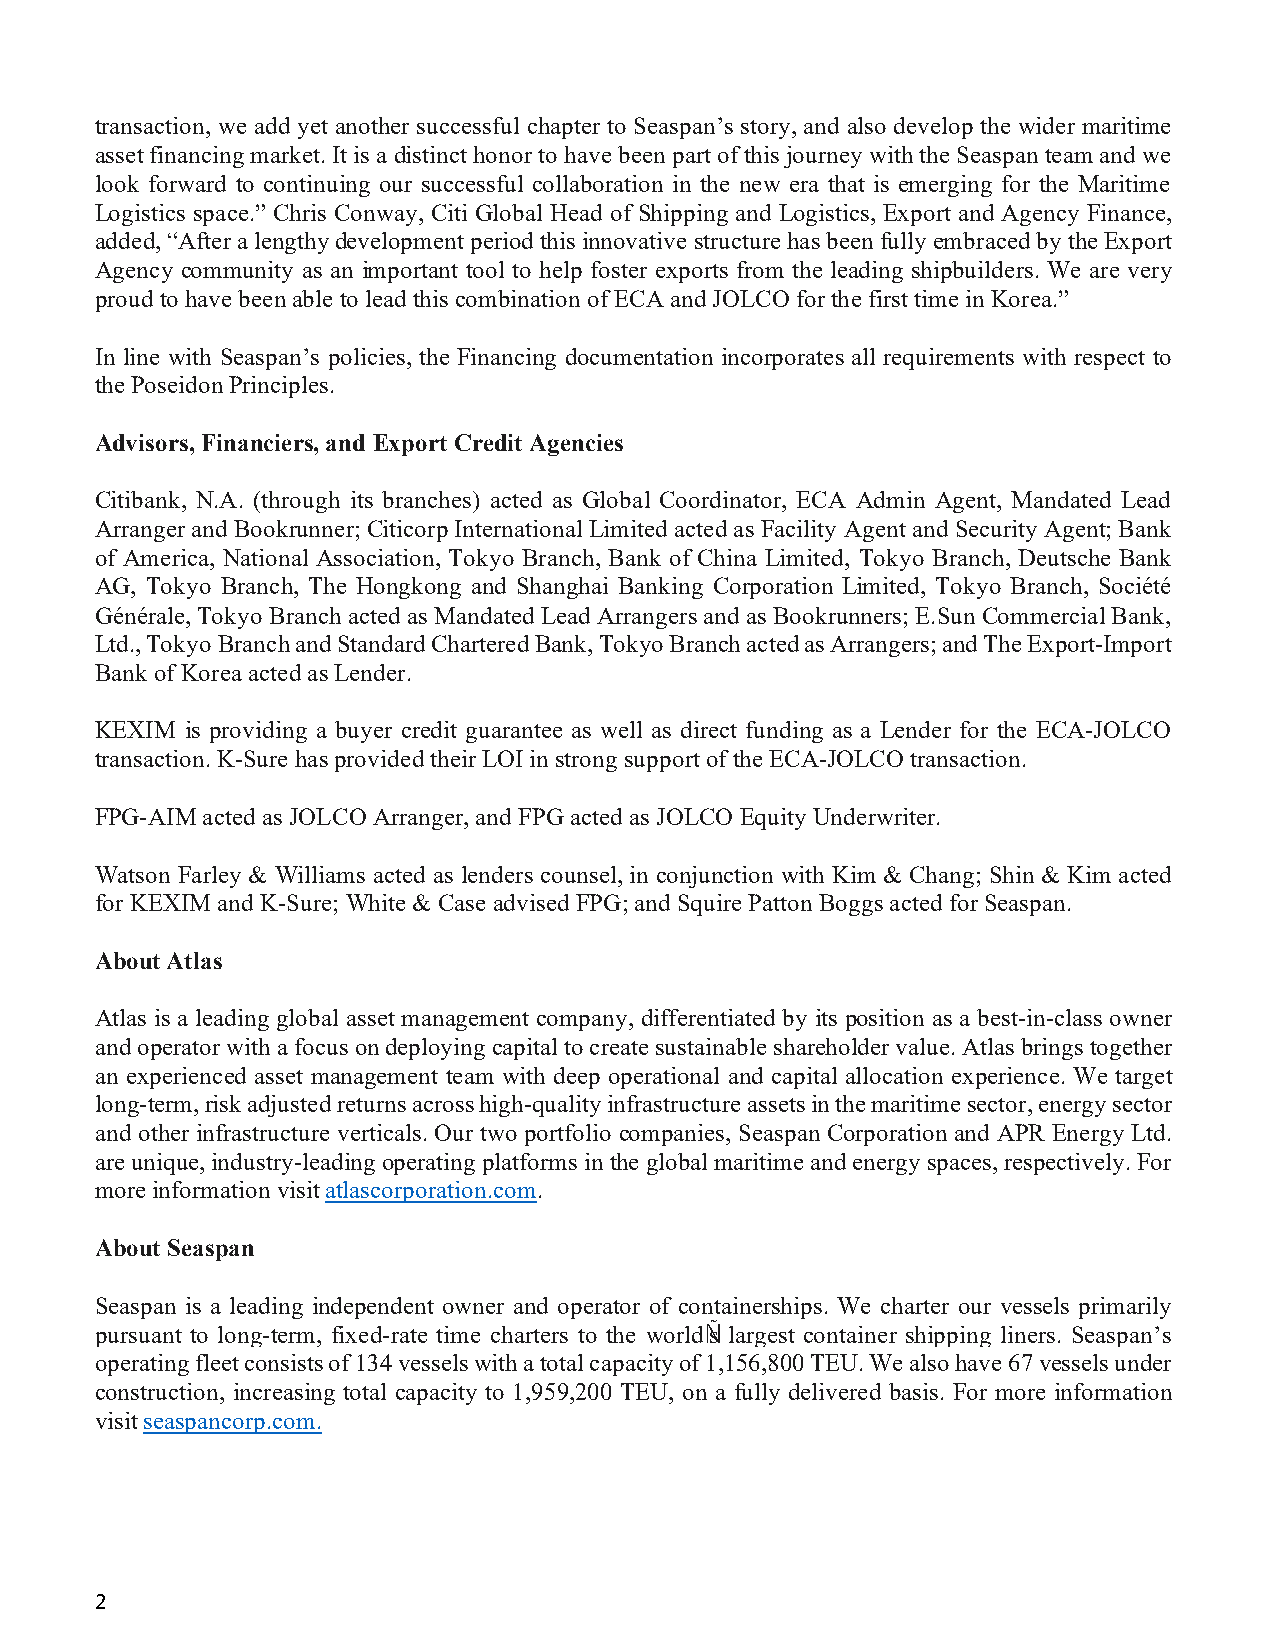
transaction, we add yet another successful chapter to Seaspan’s story, and also develop the wider maritime
 asset financing market. It is a distinct honor to have been part of this journey with the Seaspan team and we
 look forward to continuing our successful collaboration in the new era that is emerging for the Maritime
 Logistics space.” Chris Conway, Citi Global Head of Shipping and Logistics, Export and Agency Finance,
 added, “After a lengthy development period this innovative structure has been fully embraced by the Export
 Agency community as an important tool to help foster exports from the leading shipbuilders. We are very
 proud to have been able to lead this combination of ECA and JOLCO for the first time in Korea.”
 In line with Seaspan’s policies, the Financing documentation incorporates all requirements with respect to
 the Poseidon Principles.
 Advisors, Financiers, and Export Credit Agencies
 Citibank, N.A. (through its branches) acted as Global Coordinator, ECA Admin Agent, Mandated Lead
 Arranger and Bookrunner; Citicorp International Limited acted as Facility Agent and Security Agent; Bank
 of America, National Association, Tokyo Branch, Bank of China Limited, Tokyo Branch, Deutsche Bank
 AG, Tokyo Branch, The Hongkong and Shanghai Banking Corporation Limited, Tokyo Branch, Société
 Générale, Tokyo Branch acted as Mandated Lead Arrangers and as Bookrunners; E.Sun Commercial Bank,
 Ltd., Tokyo Branch and Standard Chartered Bank, Tokyo Branch acted as Arrangers; and The Export-Import
 Bank of Korea acted as Lender.
 KEXIM is providing a buyer credit guarantee as well as direct funding as a Lender for the ECA-JOLCO
 transaction. K-Sure has provided their LOI in strong support of the ECA-JOLCO transaction.
 FPG-AIM acted as JOLCO Arranger, and FPG acted as JOLCO Equity Underwriter.
 Watson Farley & Williams acted as lenders counsel, in conjunction with Kim & Chang; Shin & Kim acted
 for KEXIM and K-Sure; White & Case advised FPG; and Squire Patton Boggs acted for Seaspan.
 About Atlas
 Atlas is a leading global asset management company, differentiated by its position as a best-in-class owner
 and operator with a focus on deploying capital to create sustainable shareholder value. Atlas brings together
 an experienced asset management team with deep operational and capital allocation experience. We target
 long-term, risk adjusted returns across high-quality infrastructure assets in the maritime sector, energy sector
 and other infrastructure verticals. Our two portfolio companies, Seaspan Corporation and APR Energy Ltd.
 are unique, industry-leading operating platforms in the global maritime and energy spaces, respectively. For
 more information visit atlascorporation.com.
 About Seaspan
 Seaspan is a leading independent owner and operator of containerships. We charter our vessels primarily
 pursuant to long-term, fixed-rate time charters to the worldÑs largest container shipping liners. Seaspan’s
 operating fleet consists of 134 vessels with a total capacity of 1,156,800 TEU. We also have 67 vessels under
 construction, increasing total capacity to 1,959,200 TEU, on a fully delivered basis. For more information
 visit seaspancorp.com.
 2